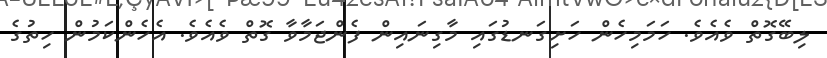
ލިބޭގޮތް ވެއެވެ. ހަމަމިހެން ހަށިގަނޑުގައި މާގިނައިން ފެންޖަމާވާ ގޮތް ވެއެވެ. އެހެންކަމުން ހިތުގެ